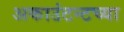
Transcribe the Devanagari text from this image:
अकाउंटन्टच्या